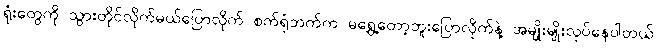
ရုံးတွေကို သွားတိုင်လိုက်မယ်ပြောလိုက် စက်ရုံဘက်က မရွှေ့တော့ဘူးပြောလိုက်နဲ့ အမျိုးမျိုးလုပ်နေပါတယ်